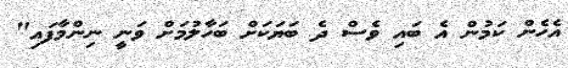
އެހެން ކަމުން އެ ބައި ވެސް ދެ ބަޔަކަށް ބަހާލުމަށް ވަނީ ނިންމާފައި"